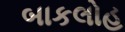
બાકલોહ